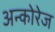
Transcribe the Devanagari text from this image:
अन्कोरेज